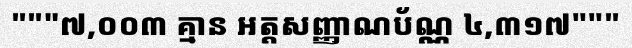
"""៧,០០៣ គ្មាន អត្តសញ្ញាណប័ណ្ណ ៤,៣១៧"""